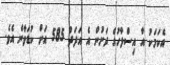
އެކަމަކު އާ އިސްލާހުގެ ދަށުން އެ އަދަދު 585 އަށް ކުޑަވާނެ އެވެ.